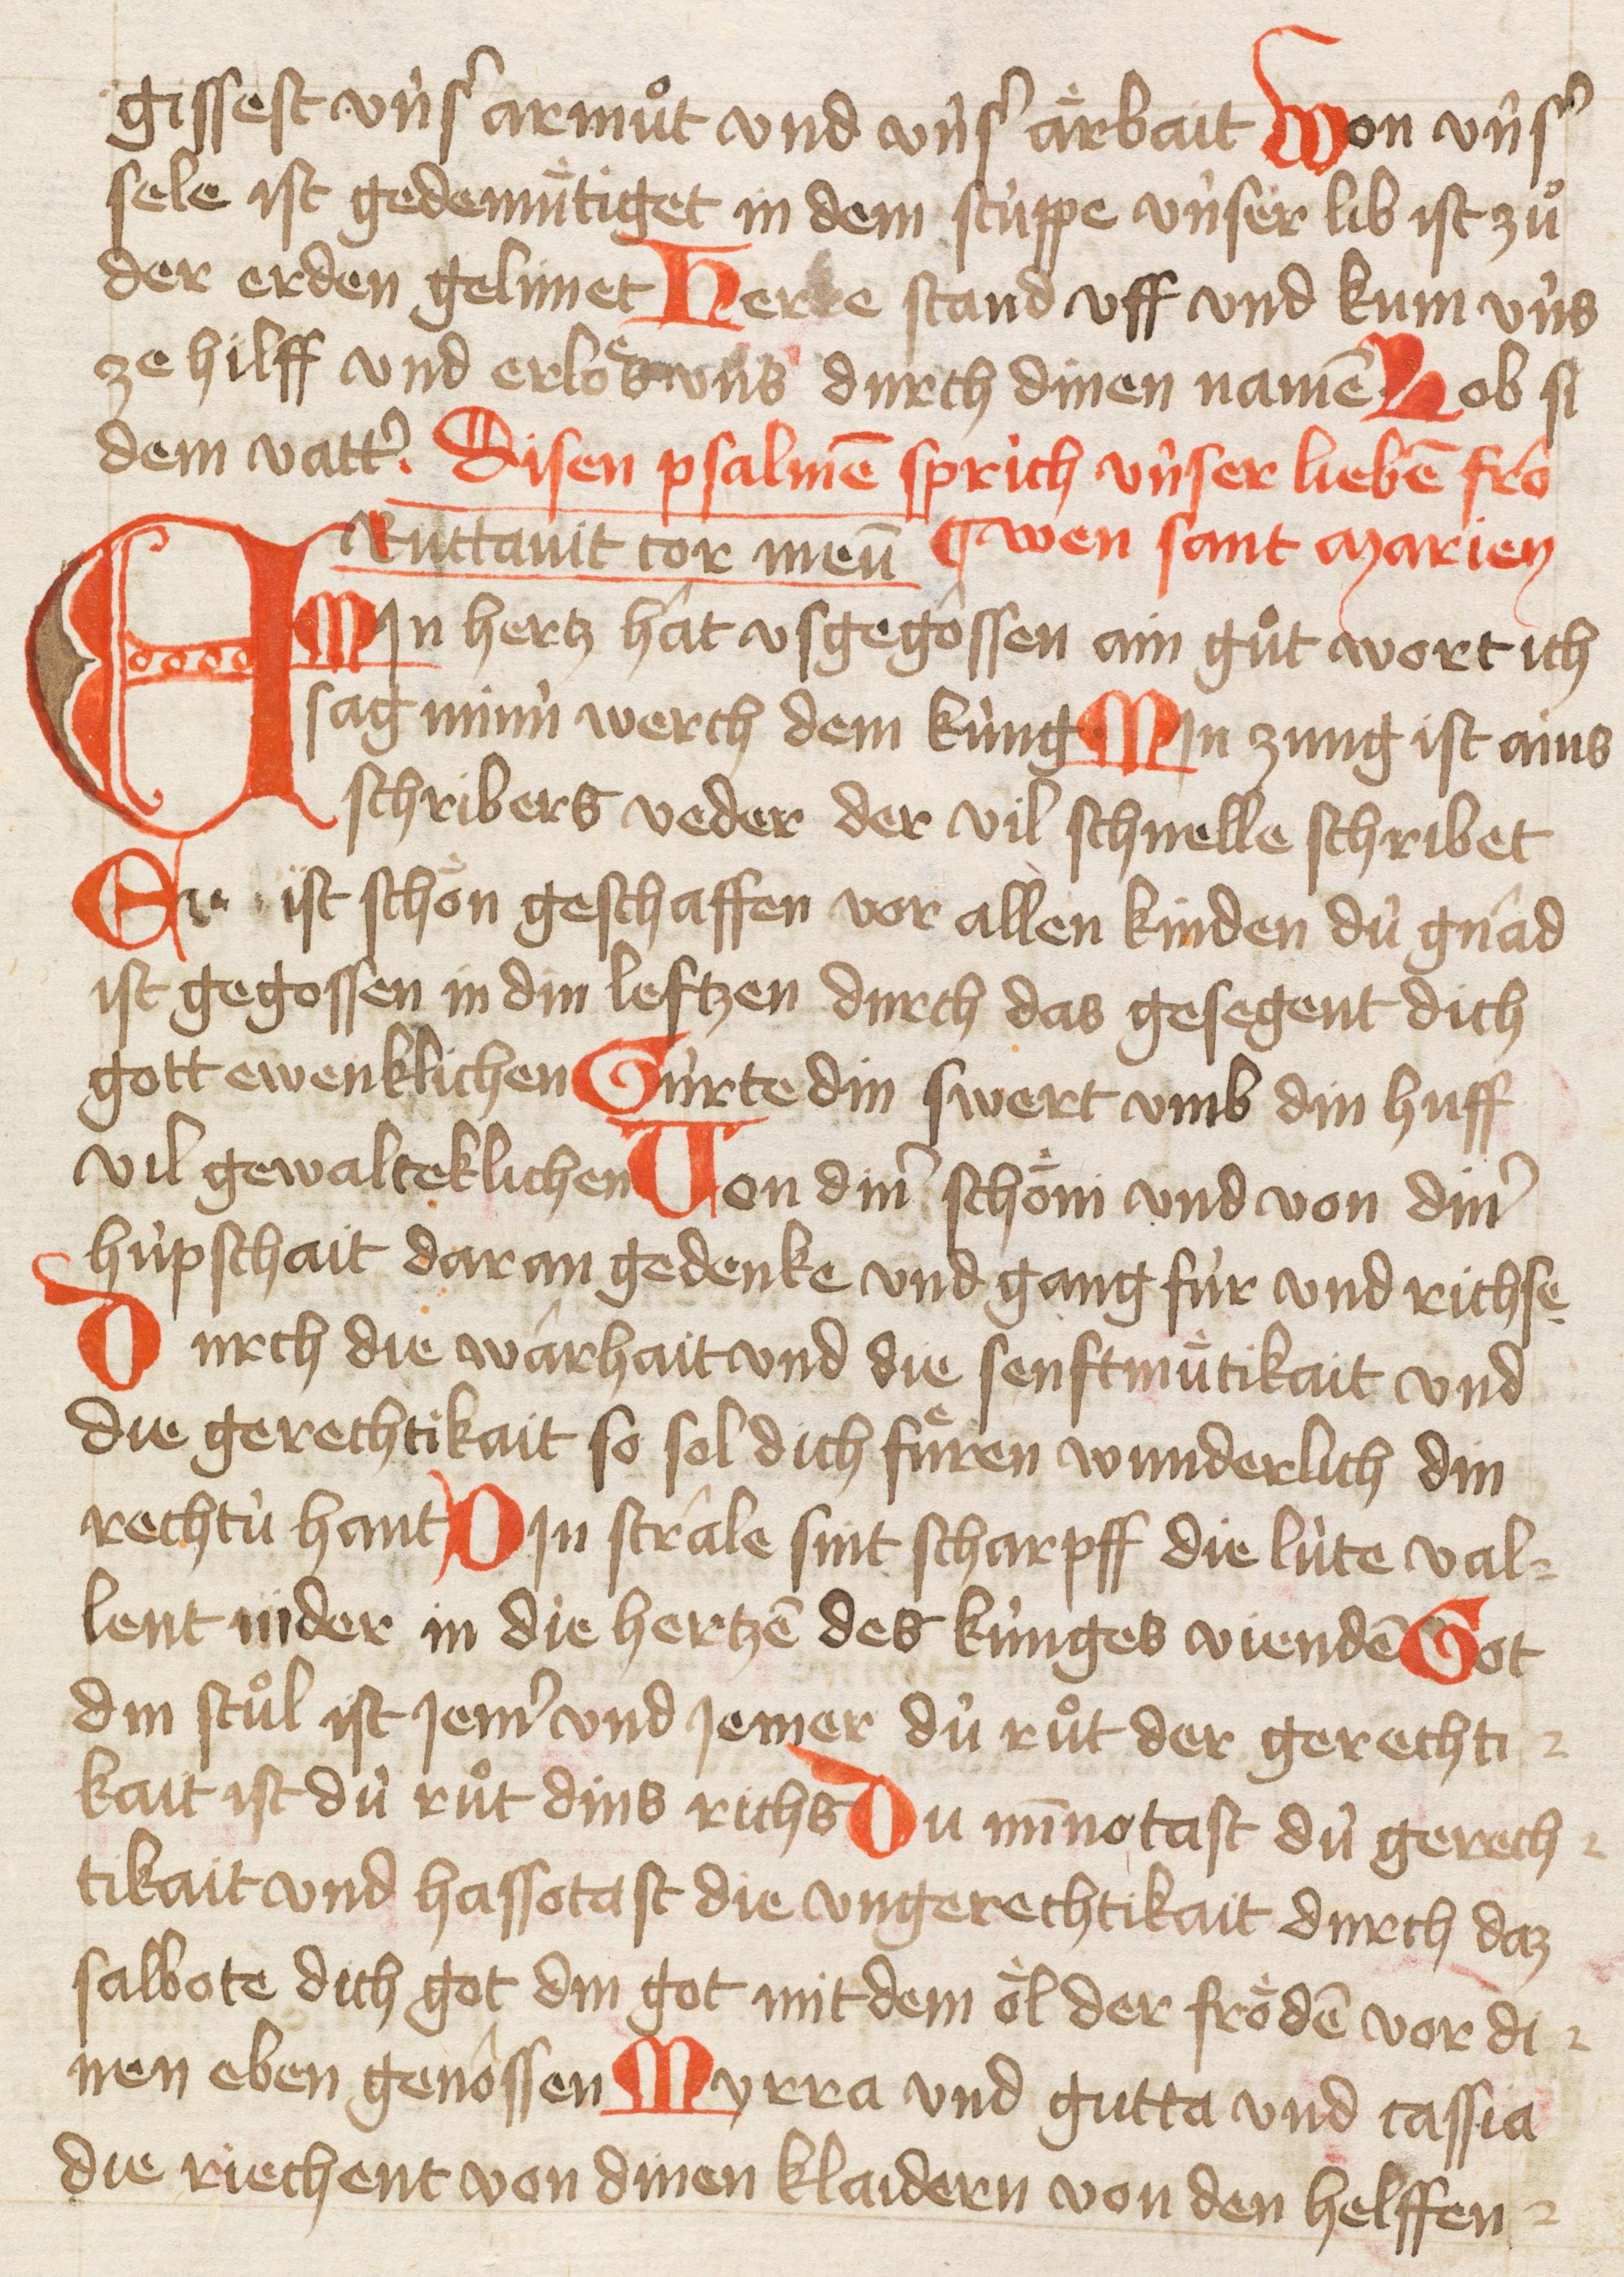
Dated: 1421–1421